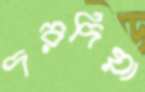
দরদিয়া